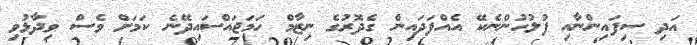
އަދި ސިފައިންނާއި ފުލުހުންނެކޭ އެއްފަދައިން ގެދޮރުގެ ނިޒާމް ހަމަޖައްސައިދޭނެ ކަމަށް ވެސް ވިދާޅުވި